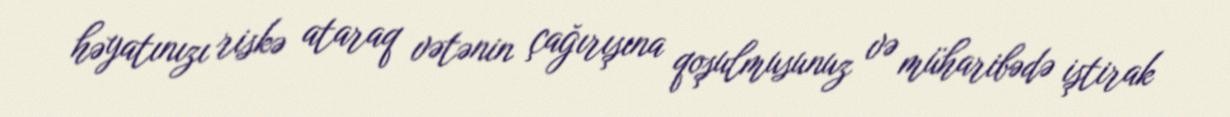
həyatınızı riskə ataraq vətənin çağırışına qoşulmusunuz və müharibədə iştirak